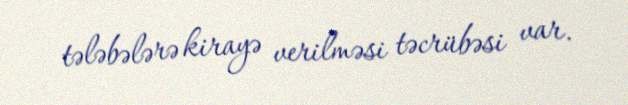
tələbələrə kirayə verilməsi təcrübəsi var.